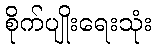
စိုက်ပျိုးရေးသုံး